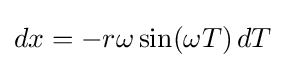
dx=-r\omega \sin(\omega T)\,dT